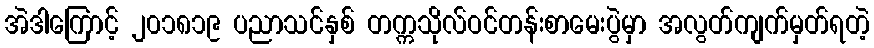
အဲဒါကြောင့် ၂၀၁၈၁၉ ပညာသင်နှစ် တက္ကသိုလ်ဝင်တန်းစာမေးပွဲမှာ အလွတ်ကျက်မှတ်ရတဲ့